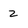
Character: 2